Burma Government Medical School reports 1923-41
Year: 1923
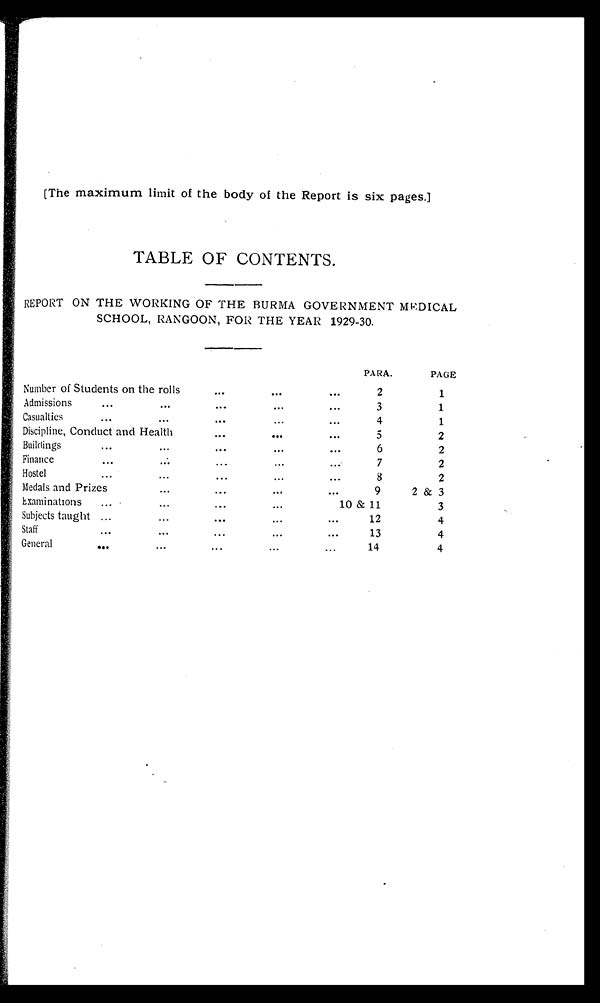
[The maximum limit of the body of the Report is six pages.]
TABLE OF CONTENTS.
REPORT ON THE WORKING OF THE BURMA GOVERNMENT MEDICAL
SCHOOL, RANGOON, FOR THE YEAR 1929-30.
PARA.
PAGE
Number of Students on the rolls
2
1
Admissions
3
1
Casualties
4
1
Discipline, Conduct and Health
5
2
Buildings
6
2
Finance
7
2
Hostel
8
2
Medals and Prizes
9
2 & 3
Examinations
10 & 11
3
Subjects taught
12
4
Staff
13
4
General
14
4